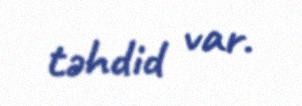
təhdid var.